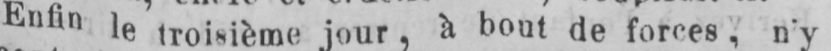
Enfin le troisième jour, à bout de forces, n’y